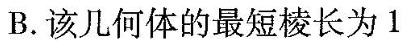
B.该几何体的最短棱长为1